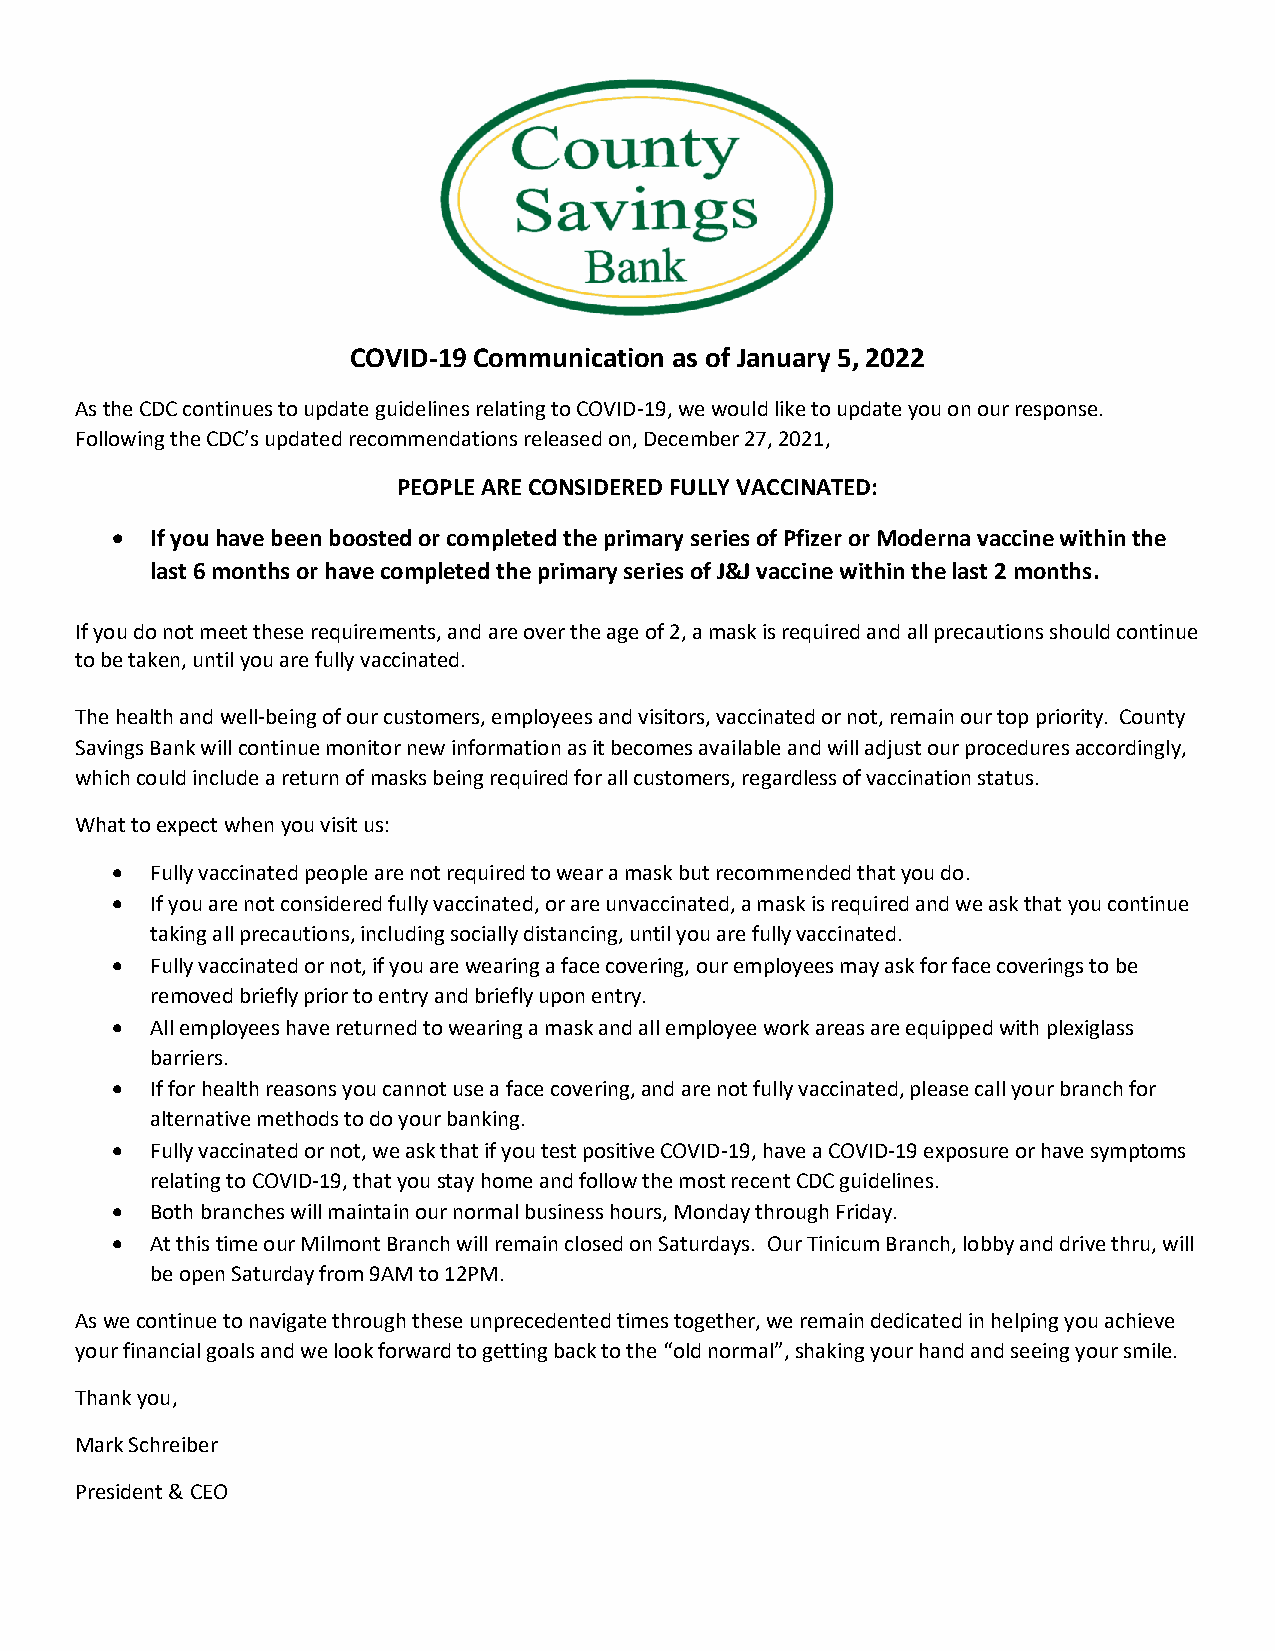
COVID-19 Communication as of January 5, 2022
 As the CDC continues to update guidelines relating to COVID-19, we would like to update you on our response.
 Following the CDC’s updated recommendations released on, December 27, 2021,
 PEOPLE ARE CONSIDERED FULLY VACCINATED:
 •  If you have been boosted or completed the primary series of Pfizer or Moderna vaccine within the
 last 6 months or have completed the primary series of J&J vaccine within the last 2 months.
 If you do not meet these requirements, and are over the age of 2, a mask is required and all precautions should continue
 to be taken, until you are fully vaccinated.
 The health and well-being of our customers, employees and visitors, vaccinated or not, remain our top priority. County
 Savings Bank will continue monitor new information as it becomes available and will adjust our procedures accordingly,
 which could include a return of masks being required for all customers, regardless of vaccination status.
 What to expect when you visit us:
 •  Fully vaccinated people are not required to wear a mask but recommended that you do.
 •  If you are not considered fully vaccinated, or are unvaccinated, a mask is required and we ask that you continue
 taking all precautions, including socially distancing, until you are fully vaccinated.
 •  Fully vaccinated or not, if you are wearing a face covering, our employees may ask for face coverings to be
 removed briefly prior to entry and briefly upon entry.
 •  All employees have returned to wearing a mask and all employee work areas are equipped with plexiglass
 barriers.
 •  If for health reasons you cannot use a face covering, and are not fully vaccinated, please call your branch for
 alternative methods to do your banking.
 •  Fully vaccinated or not, we ask that if you test positive COVID-19, have a COVID-19 exposure or have symptoms
 relating to COVID-19, that you stay home and follow the most recent CDC guidelines.
 •  Both branches will maintain our normal business hours, Monday through Friday.
 •  At this time our Milmont Branch will remain closed on Saturdays. Our Tinicum Branch, lobby and drive thru, will
 be open Saturday from 9AM to 12PM.
 As we continue to navigate through these unprecedented times together, we remain dedicated in helping you achieve
 your financial goals and we look forward to getting back to the “old normal”, shaking your hand and seeing your smile.
 Thank you,
 Mark Schreiber
 President & CEO